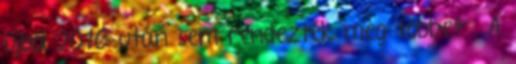
újból 2010 után sem rendezték meg többet . A